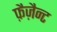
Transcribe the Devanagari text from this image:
फ़ैज़ैन्ट